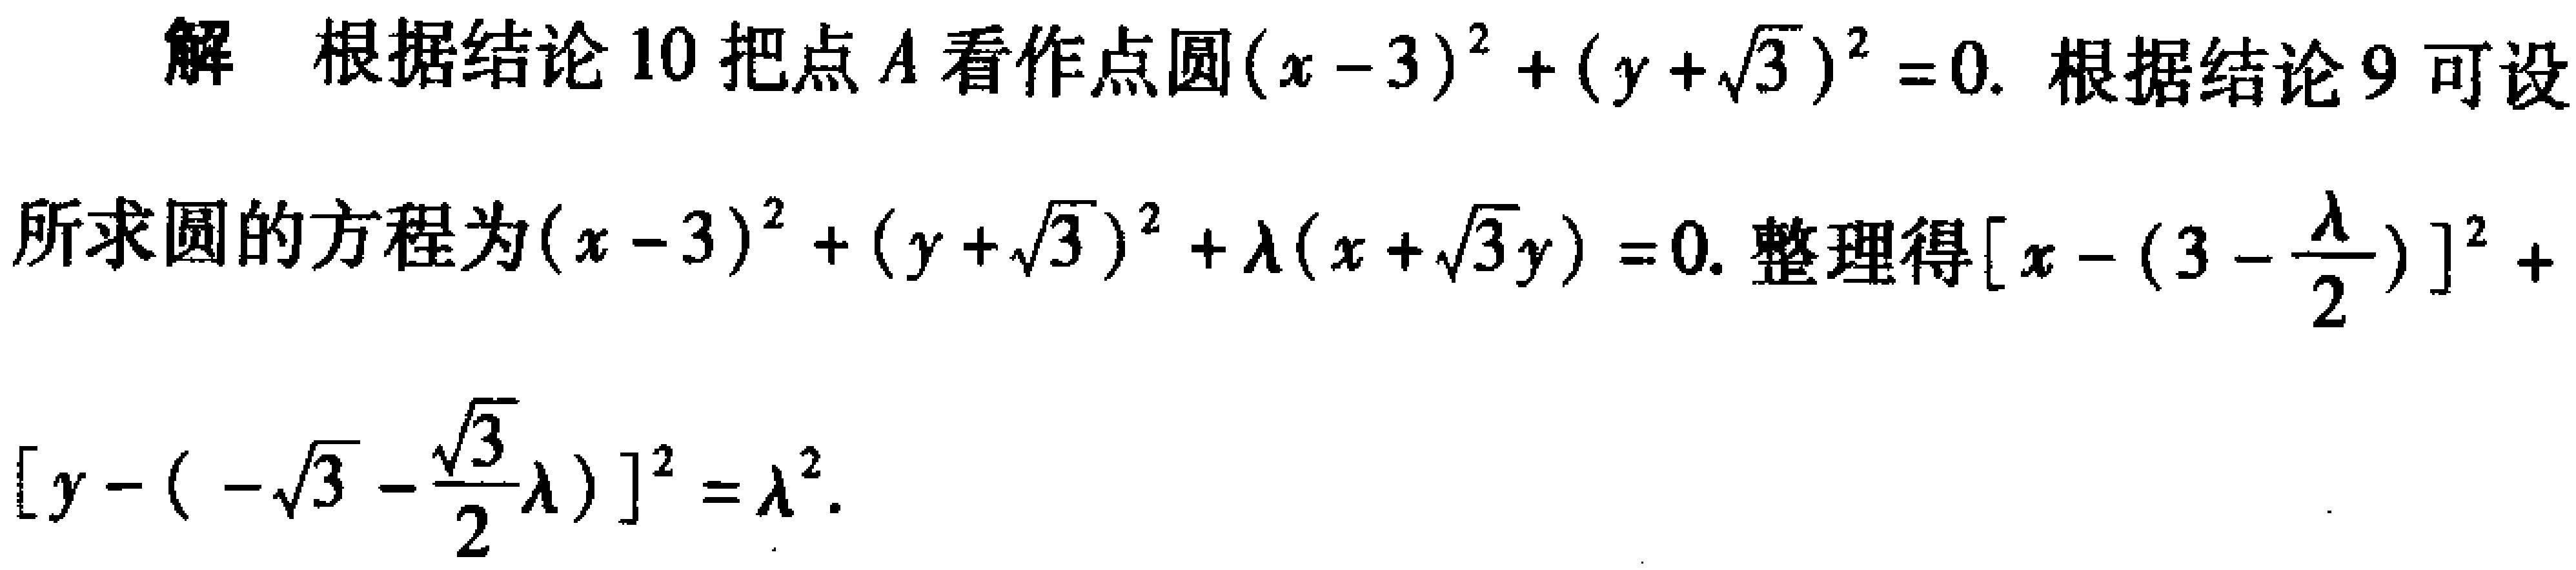
解 根据结论 10 把点 \(A\) 看作点圆\((x - 3)^{2}+(y+\sqrt{3})^{2}=0\). 根据结论 9 可设
所求圆的方程为\((x - 3)^{2}+(y+\sqrt{3})^{2}+\lambda(x+\sqrt{3}y)=0\). 整理得\([x-(3 - \frac{\lambda}{2})]^{2}+
[y-(-\sqrt{3}-\frac{\sqrt{3}}{2}\lambda)]^{2}=\lambda^{2}\).